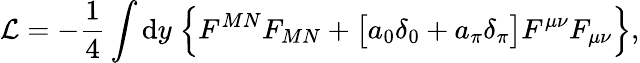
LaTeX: {\mathcal{L}}=-\frac{1}{4}\int{\mathrm{d}}y\; \Big\{ F^{MN}F_{MN}+\big[a_{0}\delta_{0}+a_{\pi}\delta_{\pi}\big]F^{\mu\nu}F_{\mu\nu}\Big\} ,